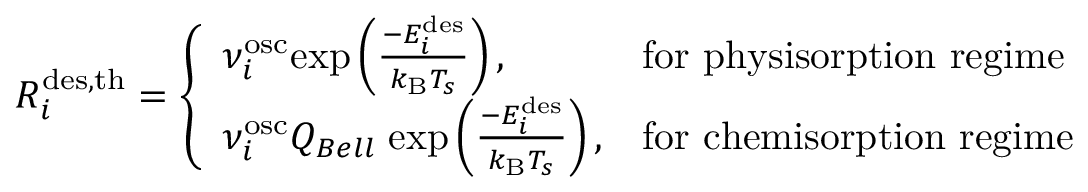
R _ { i } ^ { \mathrm { { d e s , t h } } } = \left\{ \begin{array} { l l } { \nu _ { i } ^ { \mathrm { o s c } } \mathrm { e x p } \left( \frac { - E _ { i } ^ { \mathrm { { d e s } } } } { k _ { \mathrm { B } } T _ { s } } \right) , } & { \mathrm { f o r ~ p h y s i s o r p t i o n ~ r e g i m e } } \\ { \nu _ { i } ^ { \mathrm { { o s c } } } Q _ { B e l l } \; \mathrm { e x p } \left( \frac { - E _ { i } ^ { \mathrm { d e s } } } { k _ { \mathrm { { B } } } T _ { s } } \right) , } & { \mathrm { f o r ~ c h e m i s o r p t i o n ~ r e g i m e } } \end{array} \right.